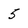
Character: 5